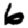
Digit: 6